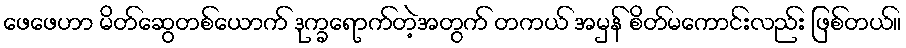
ဖေဖေဟာ မိတ်ဆွေတစ်ယောက် ဒုက္ခရောက်တဲ့အတွက် တကယ် အမှန် စိတ်မကောင်းလည်း ဖြစ်တယ်။